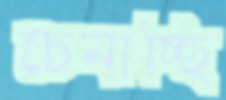
চেনাচ্ছি